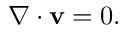
\begin{array} { r } { \nabla \cdot \mathbf { v } = 0 . } \end{array}